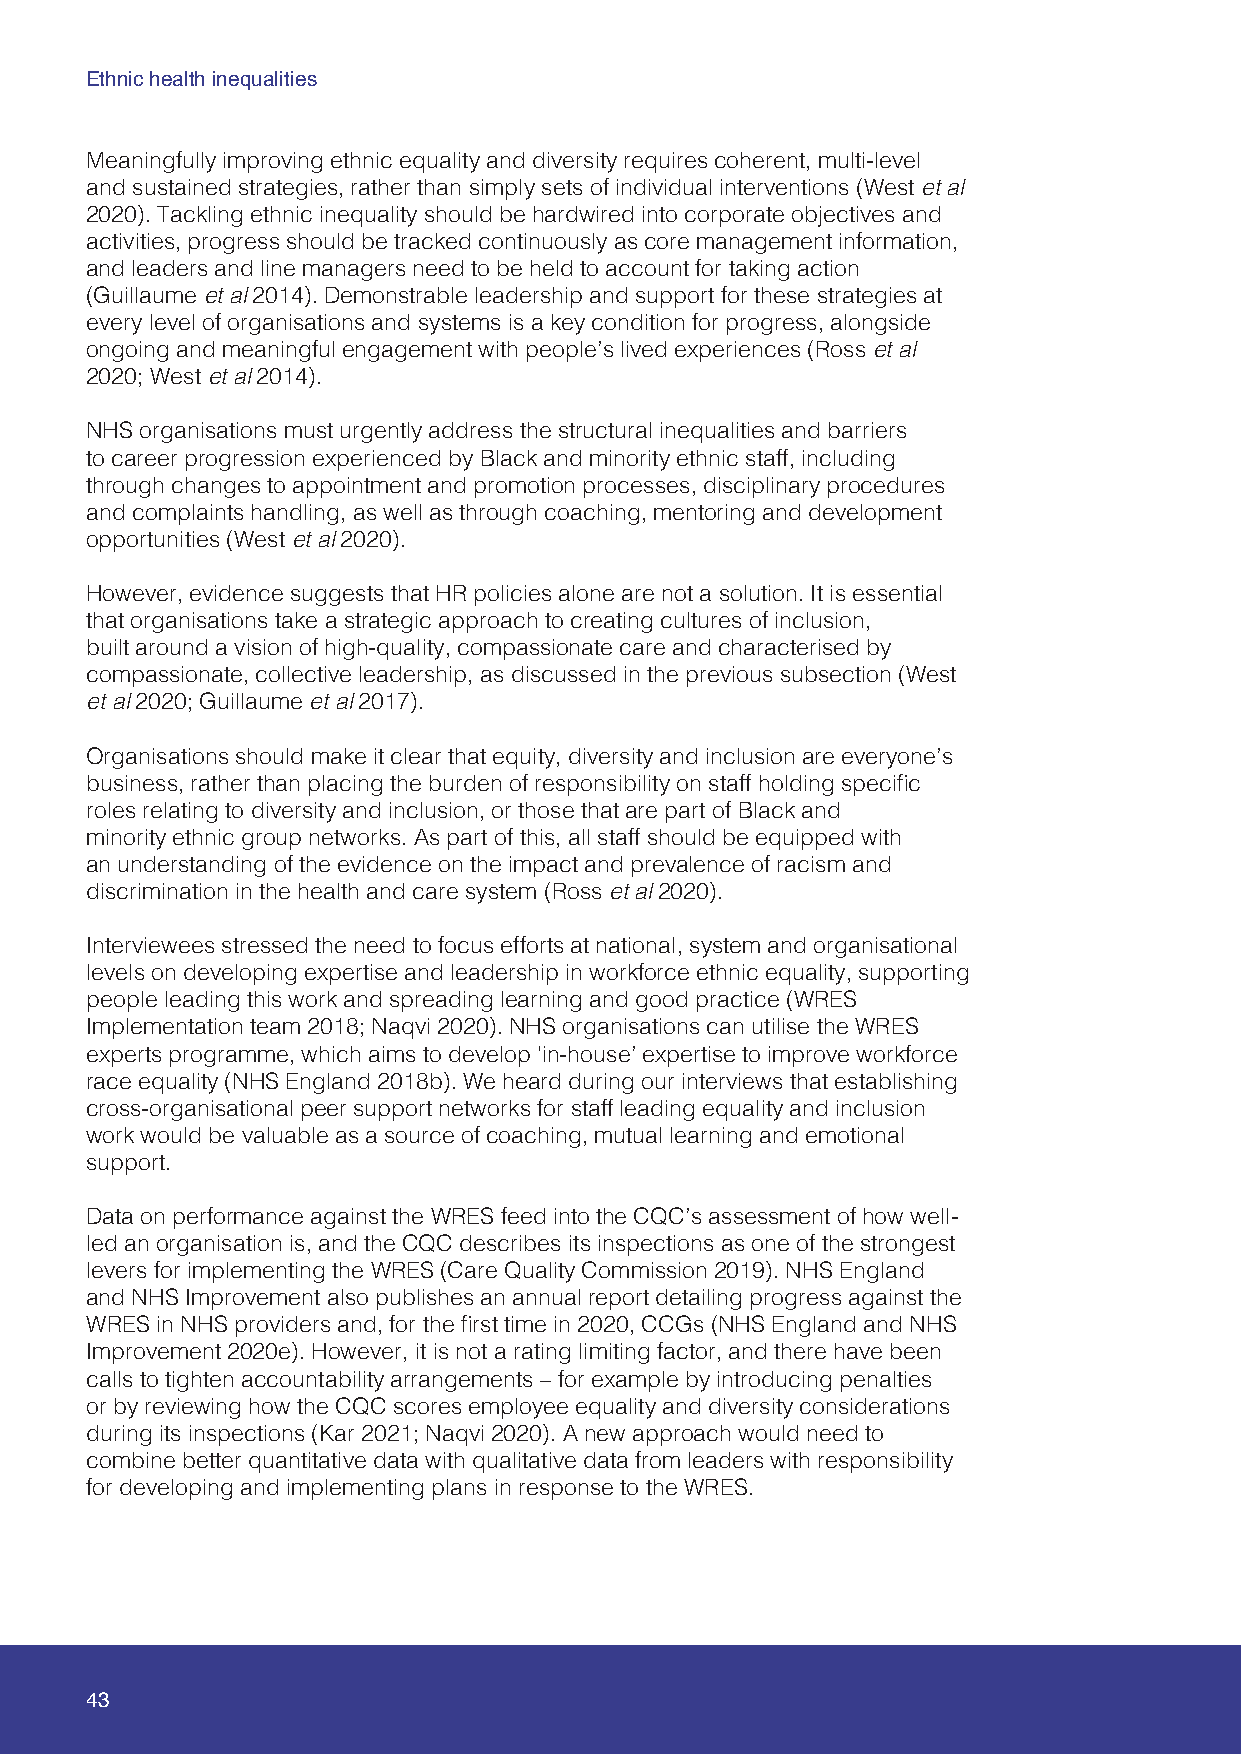
Ethnic health inequalities
 Meaningfully improving ethnic equality and diversity requires coherent, multi-level
 and sustained strategies, rather than simply sets of individual interventions (West et al
 2020). Tackling ethnic inequality should be hardwired into corporate objectives and
 activities, progress should be tracked continuously as core management information,
 and leaders and line managers need to be held to account for taking action
 (Guillaume et al 2014). Demonstrable leadership and support for these strategies at
 every level of organisations and systems is a key condition for progress, alongside
 ongoing and meaningful engagement with people’s lived experiences (Ross et al
 2020; West et al 2014).
 NHS organisations must urgently address the structural inequalities and barriers
 to career progression experienced by Black and minority ethnic staff, including
 through changes to appointment and promotion processes, disciplinary procedures
 and complaints handling, as well as through coaching, mentoring and development
 opportunities (West et al 2020).
 However, evidence suggests that HR policies alone are not a solution. It is essential
 that organisations take a strategic approach to creating cultures of inclusion,
 built around a vision of high-quality, compassionate care and characterised by
 compassionate, collective leadership, as discussed in the previous subsection (West
 et al 2020; Guillaume et al 2017).
 Organisations should make it clear that equity, diversity and inclusion are everyone’s
 business, rather than placing the burden of responsibility on staff holding specific
 roles relating to diversity and inclusion, or those that are part of Black and
 minority ethnic group networks. As part of this, all staff should be equipped with
 an understanding of the evidence on the impact and prevalence of racism and
 discrimination in the health and care system (Ross et al 2020).
 Interviewees stressed the need to focus efforts at national, system and organisational
 levels on developing expertise and leadership in workforce ethnic equality, supporting
 people leading this work and spreading learning and good practice (WRES
 Implementation team 2018; Naqvi 2020). NHS organisations can utilise the WRES
 experts programme, which aims to develop ‘in-house’ expertise to improve workforce
 race equality (NHS England 2018b). We heard during our interviews that establishing
 cross-organisational peer support networks for staff leading equality and inclusion
 work would be valuable as a source of coaching, mutual learning and emotional
 support.
 Data on performance against the WRES feed into the CQC’s assessment of how well-
 led an organisation is, and the CQC describes its inspections as one of the strongest
 levers for implementing the WRES (Care Quality Commission 2019). NHS England
 and NHS Improvement also publishes an annual report detailing progress against the
 WRES in NHS providers and, for the first time in 2020, CCGs (NHS England and NHS
 Improvement 2020e). However, it is not a rating limiting factor, and there have been
 calls to tighten accountability arrangements – for example by introducing penalties
 or by reviewing how the CQC scores employee equality and diversity considerations
 during its inspections (Kar 2021; Naqvi 2020). A new approach would need to
 combine better quantitative data with qualitative data from leaders with responsibility
 for developing and implementing plans in response to the WRES.
 43